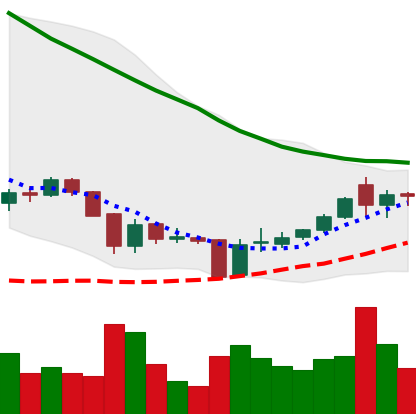
Ticker: XRP-USD
Chart end date: 2018-06-06
Forward return: -10.482%
Label: down_7plus